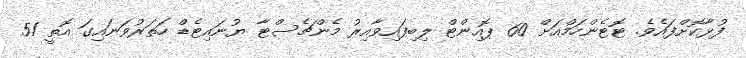
ފުޅާކޮށްފައެވެ. ޓޮޓެންހަމްއަށް 60 ޕޮއިންޓް ލިބިފައިވާއިރު މެންޗެސްޓާ ޔުނައިޓެޑް ހަތަރުވަނައިގަ އޮތީ 51